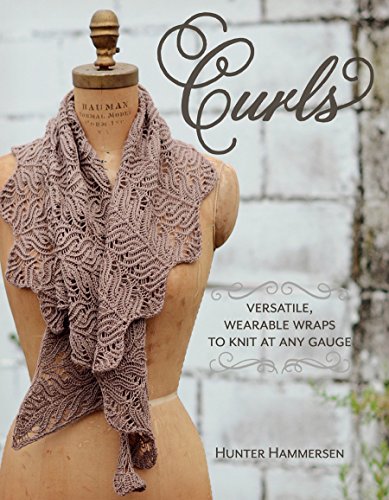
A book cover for Curls: Versatile, Wearable Wraps to Knit at Any Gauge; Hunter Hammersen; Crafts, Hobbies & Home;